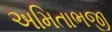
અમિતાભજી